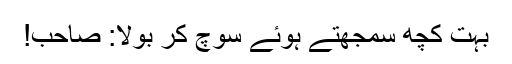
بہت کچھ سمجھتے ہوئے سوچ کر بولا: صاحب!